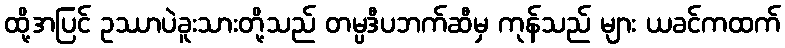
ထို့အပြင် ဥဿာပဲခူးသားတို့သည် တမ္ပဒီပဘက်ဆီမှ ကုန်သည် များ ယခင်ကထက်